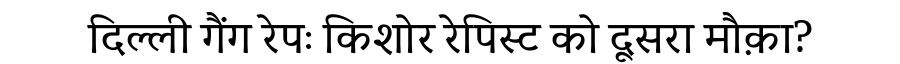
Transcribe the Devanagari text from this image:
दिल्ली गैंग रेपः किशोर रेपिस्ट को दूसरा मौक़ा?